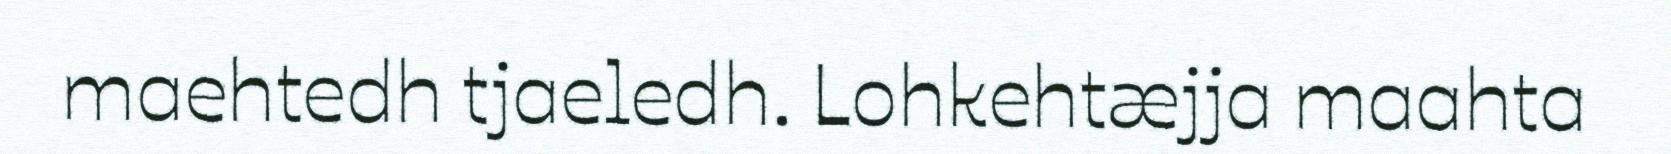
maehtedh tjaeledh. Lohkehtæjja maahta